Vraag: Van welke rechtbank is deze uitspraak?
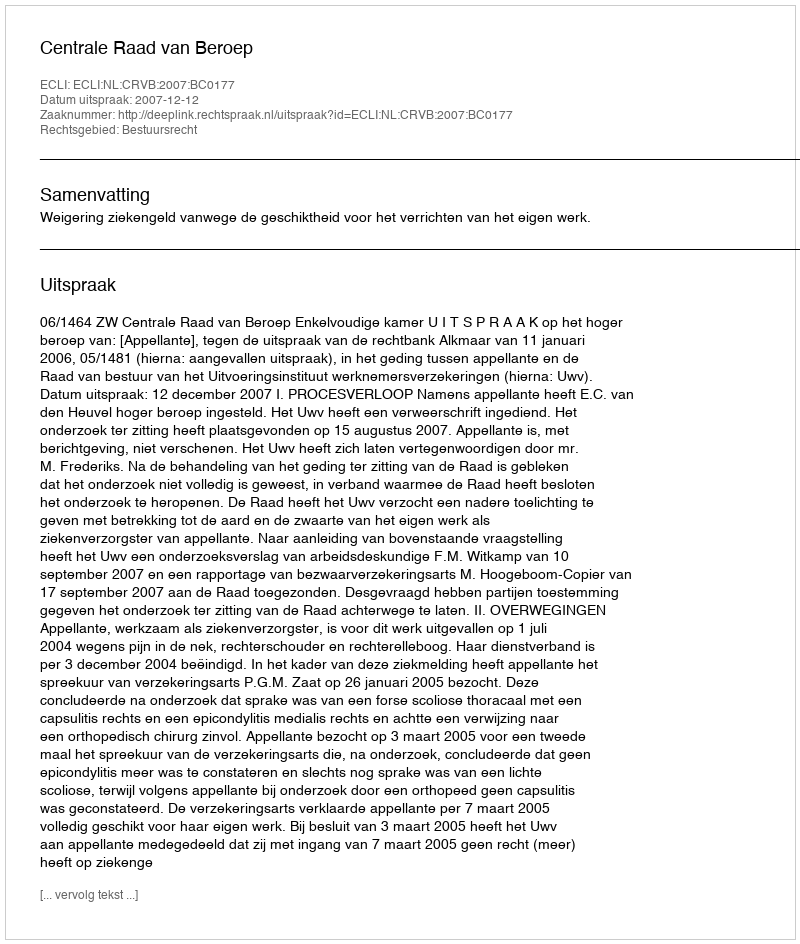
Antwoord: Centrale Raad van Beroep